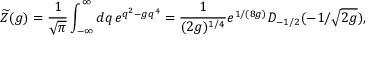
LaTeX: \widetilde Z ( g ) = { \frac { 1 } { \sqrt { \pi } } } \int _ { - \infty } ^ { \infty } d q \, e ^ { q ^ { 2 } - g q ^ { 4 } } = { \frac { 1 } { ( 2 g ) ^ { 1 / 4 } } } e ^ { 1 / ( 8 g ) } D _ { - 1 / 2 } ( - 1 / \sqrt { 2 g } ) ,